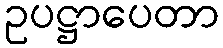
ဥပဋ္ဌာပေတာ